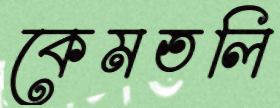
কেমতলি